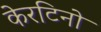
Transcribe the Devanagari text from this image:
केरटिनो